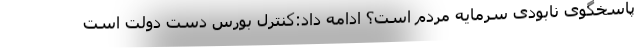
پاسخگوی نابودی سرمایه مردم است؟ ادامه داد:کنترل بورس دست دولت است